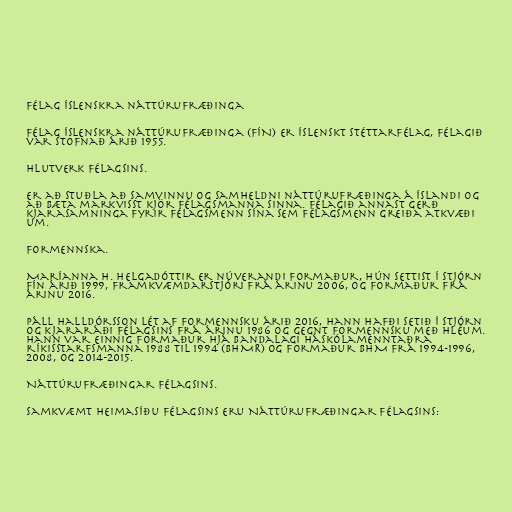
Félag íslenskra náttúrufræðinga

Félag íslenskra náttúrufræðinga (FÍN) er íslenskt stéttarfélag, félagið
var stofnað árið 1955.

Hlutverk félagsins.

Er að stuðla að samvinnu og samheldni náttúrufræðinga á Íslandi og
að bæta markvisst kjör félagsmanna sinna. Félagið annast gerð
kjarasamninga fyrir félagsmenn sína sem félagsmenn greiða atkvæði
um.

Formennska.

Maríanna H. Helgadóttir er núverandi formaður, hún settist í stjórn
Fín árið 1999, framkvæmdarstjóri frá árinu 2006, og formaður frá
árinu 2016.

Páll Halldórsson lét af formennsku árið 2016, hann hafði setið í stjórn
og kjararáði félagsins frá árinu 1986 og gegnt formennsku með hléum.
Hann var einnig formaður hjá Bandalagi háskólamenntaðra
ríkisstarfsmanna 1988 til 1994 (BHMR) og formaður BHM frá 1994-1996,
2008, og 2014-2015.

Náttúrufræðingar félagsins.

Samkvæmt heimasíðu félagsins eru Náttúrufræðingar félagsins: